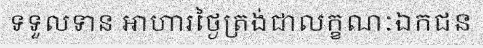
ទទួលទាន អាហារថ្ងៃត្រង់ជាលក្ខណៈឯកជន